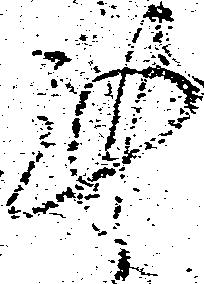
謹